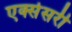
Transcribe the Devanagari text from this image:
एक्सेसरी